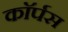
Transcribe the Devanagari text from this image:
काॅर्पस